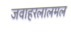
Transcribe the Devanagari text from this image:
जवाहरलालमल